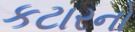
કટારનો